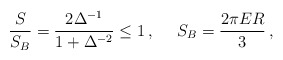
\begin{align*}\frac{S}{S_B} = \frac{2\Delta^{-1}}{1+\Delta^{-2}} \le1\,,\,\,\,\,\,\,\,\, S_B = \frac{2\pi ER}{3}\,,\end{align*}